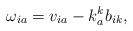
LaTeX: \begin{align*}\omega_{ia}=v_{ia}-k_a^kb_{ik},\end{align*}